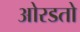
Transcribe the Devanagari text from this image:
ओरडतो